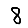
Digit: 8